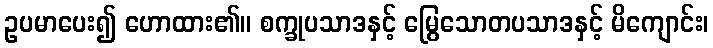
ဥပမာပေး၍ ဟောထား၏။ စက္ခုပသာဒနှင့် မြွေသောတပသာဒနှင့် မိကျောင်း၊